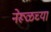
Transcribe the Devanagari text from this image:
नेरूळच्या